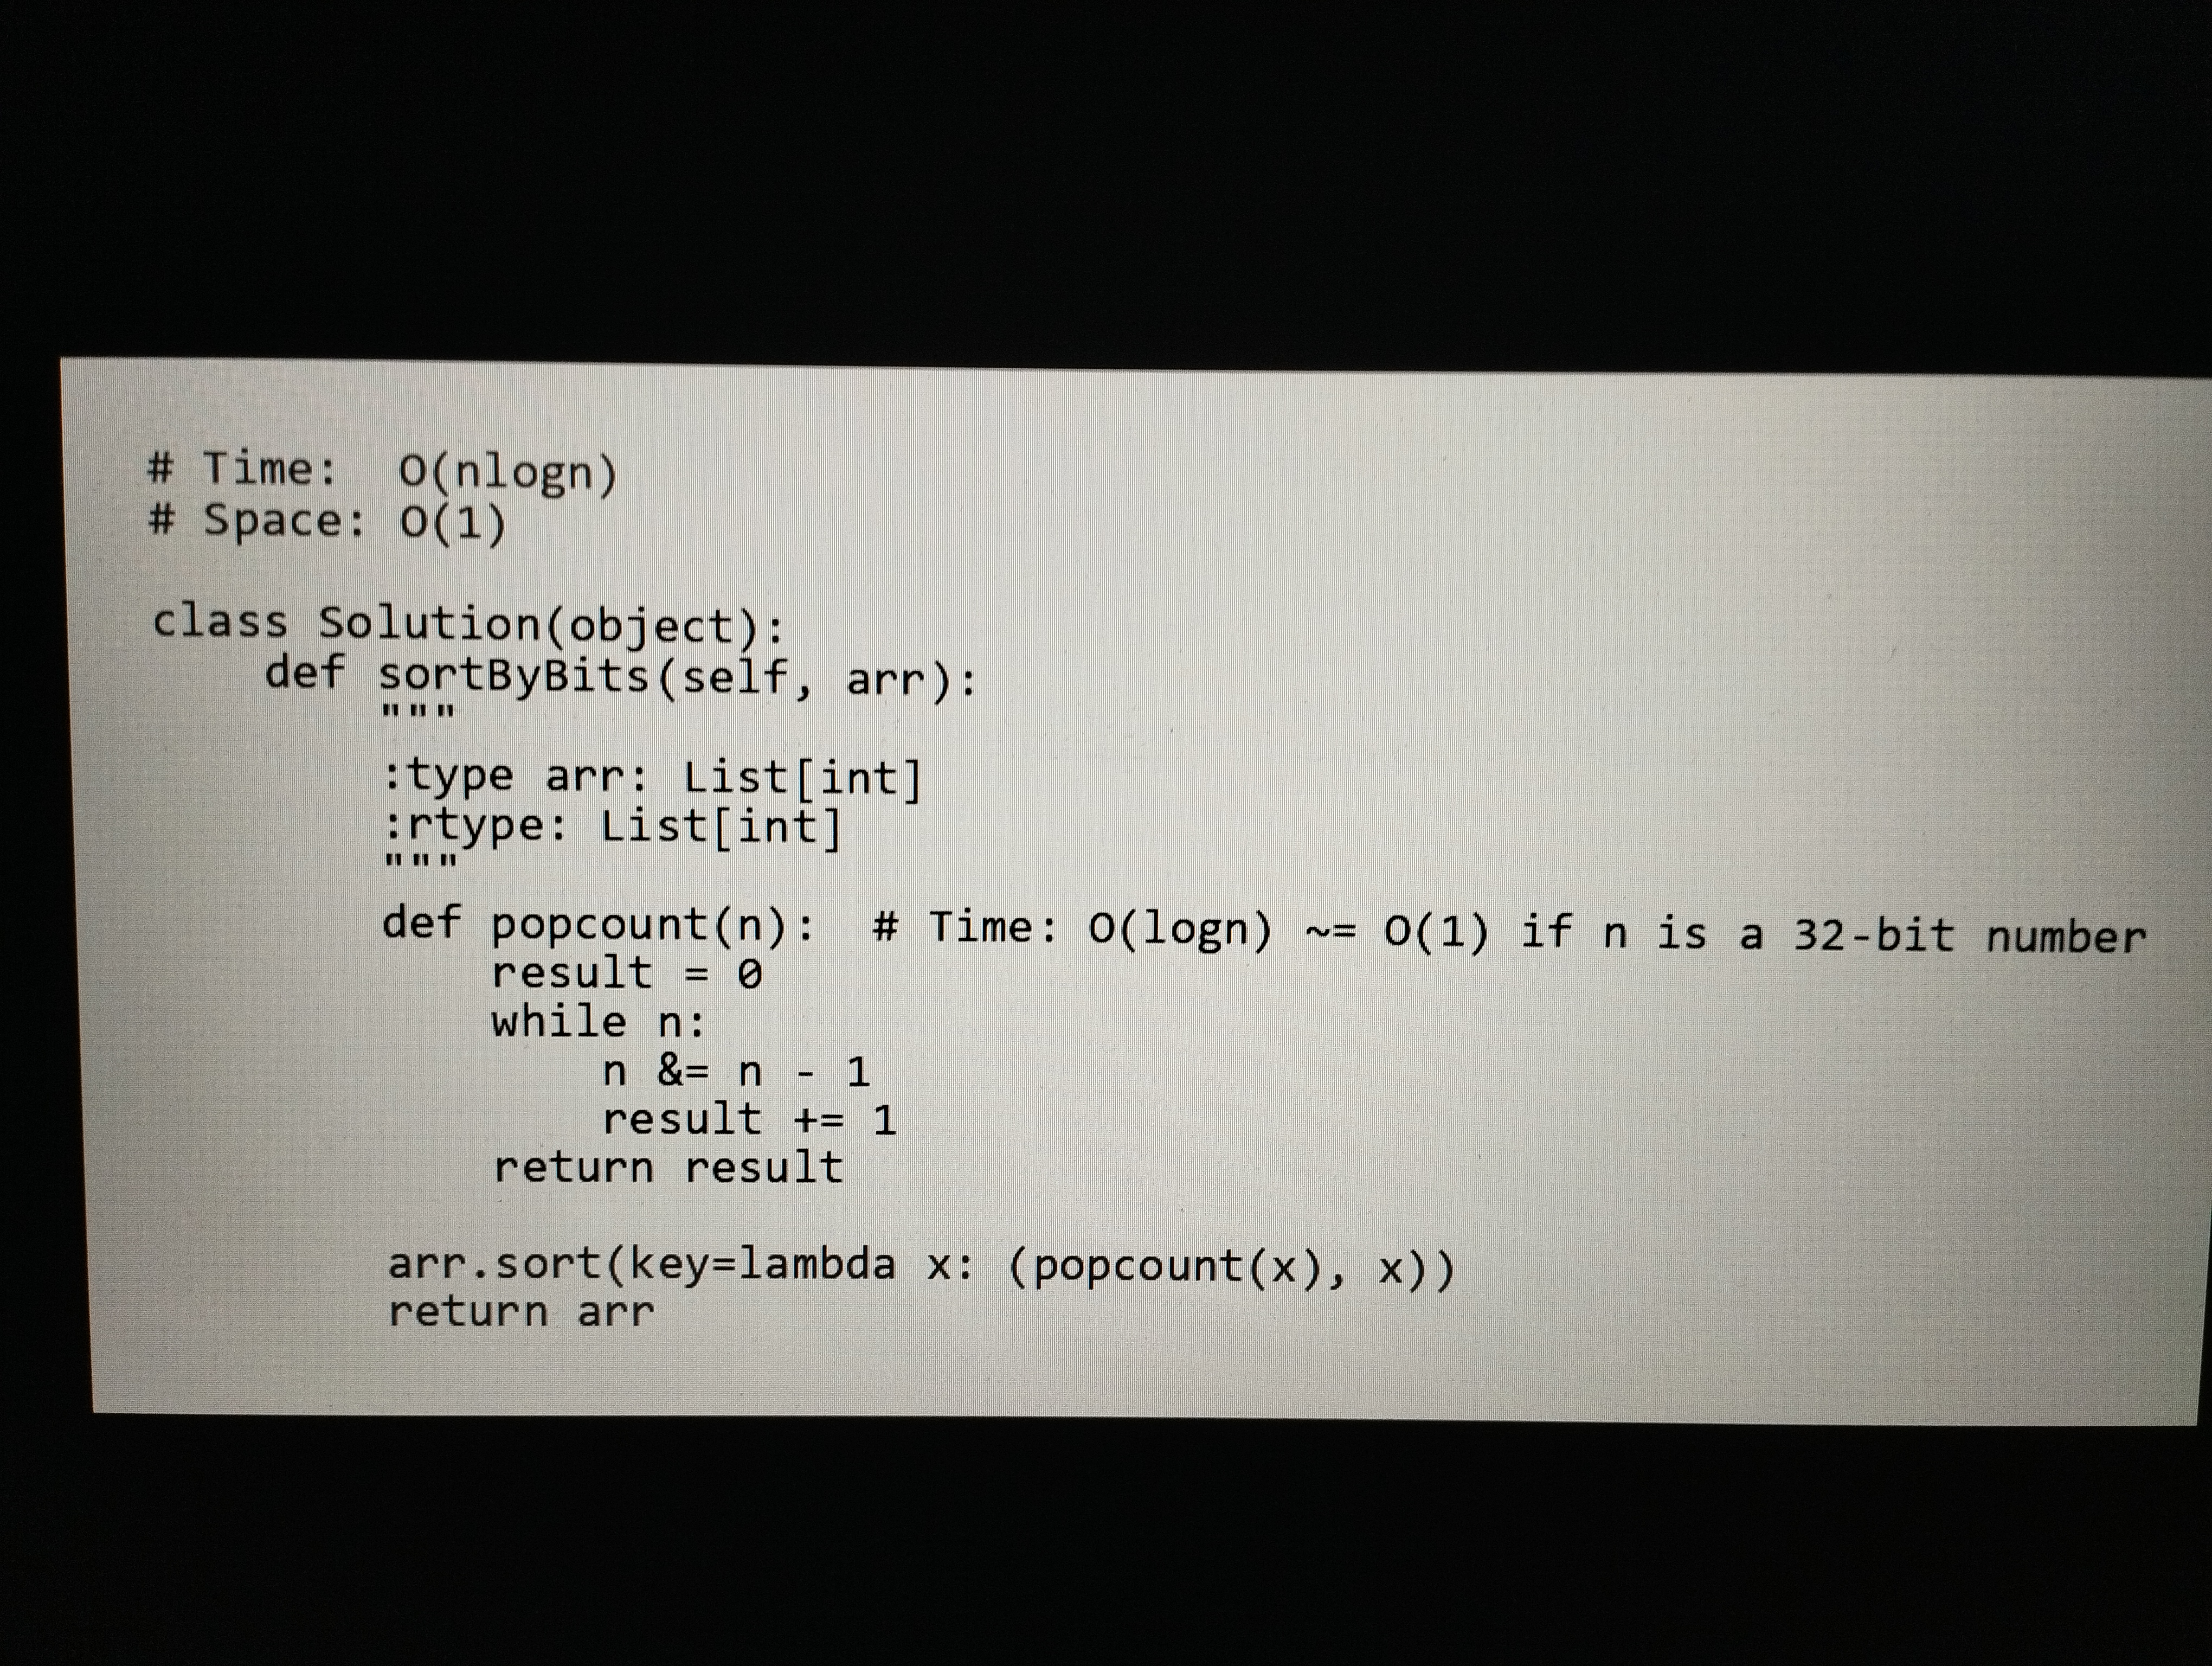
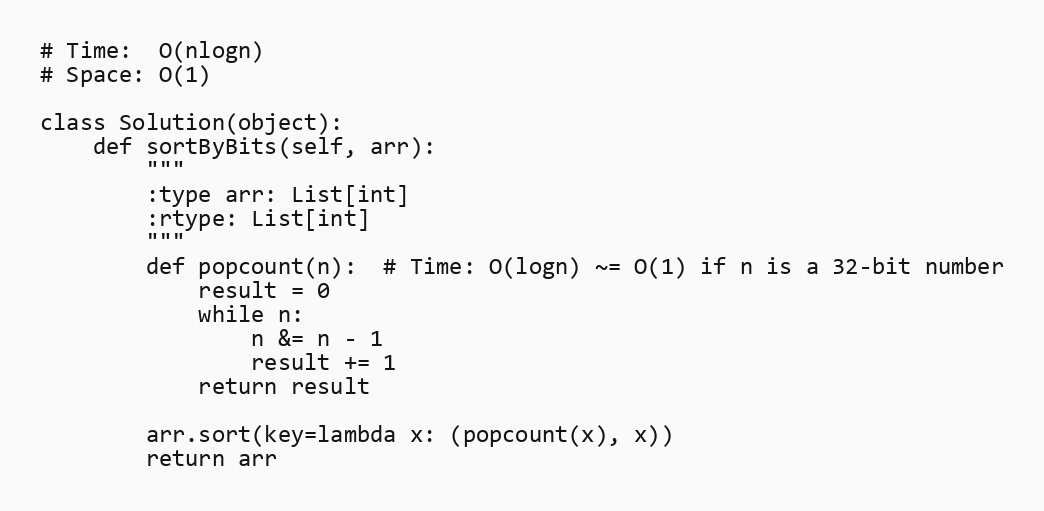
# Time:  O(nlogn)
# Space: O(1)

class Solution(object):
    def sortByBits(self, arr):
        """
        :type arr: List[int]
        :rtype: List[int]
        """
        def popcount(n):  # Time: O(logn) ~= O(1) if n is a 32-bit number
            result = 0
            while n:
                n &= n - 1
                result += 1
            return result

        arr.sort(key=lambda x: (popcount(x), x))
        return arr